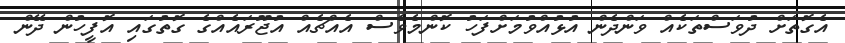
އެގޮތަށް ދުވަސްތަކެއް ވަންދެން އުޅުއްވުމަށްފަހު ކޮންމެވެސް އެއްޗެއް އުޖޫރައެއްގެ ގޮތުގައި އޮފީހުން ދޭން